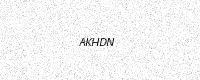
Text: AKHDN